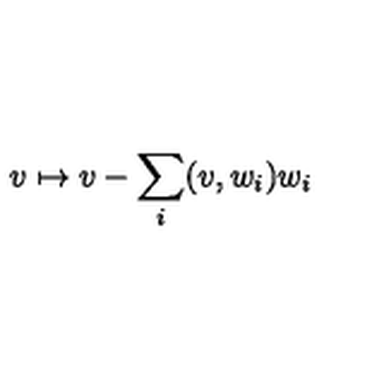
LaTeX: v \mapsto v - \sum _ { i } ( v , w _ { i } ) w _ { i }